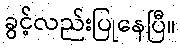
ခွင့်လည်းပြုနေပြီ။